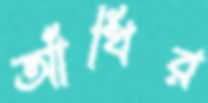
আঁখির